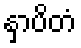
နှာပိတံ